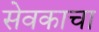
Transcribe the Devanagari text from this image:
सेवकाचा